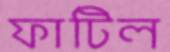
ফাটিল